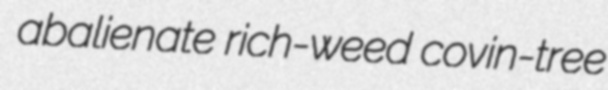
abalienate rich-weed covin-tree